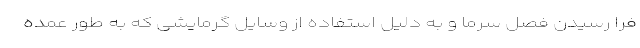
فرا رسیدن فصل سرما و به دلیل استفاده از وسایل گرمایشی که به طور عمده